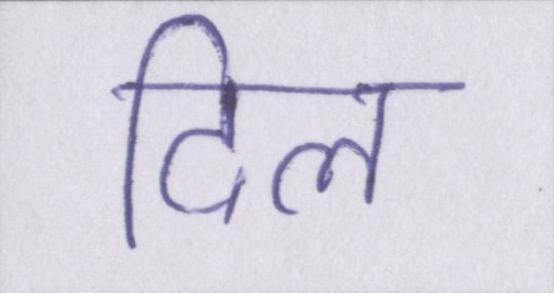
दिल